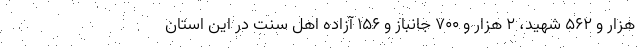
هزار و ۵۶۲ شهید، ۲ هزار و ۷۰۰ جانباز و ۱۵۶ آزاده اهل سنت در این استان